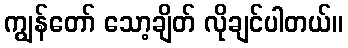
ကျွန်တော် သော့ချိတ် လိုချင်ပါတယ်။